Bombay plague: being a history of the progress of plague in the Bombay presidency from September 1896 to June 1899
Year: 1896
Disease focus: Plague
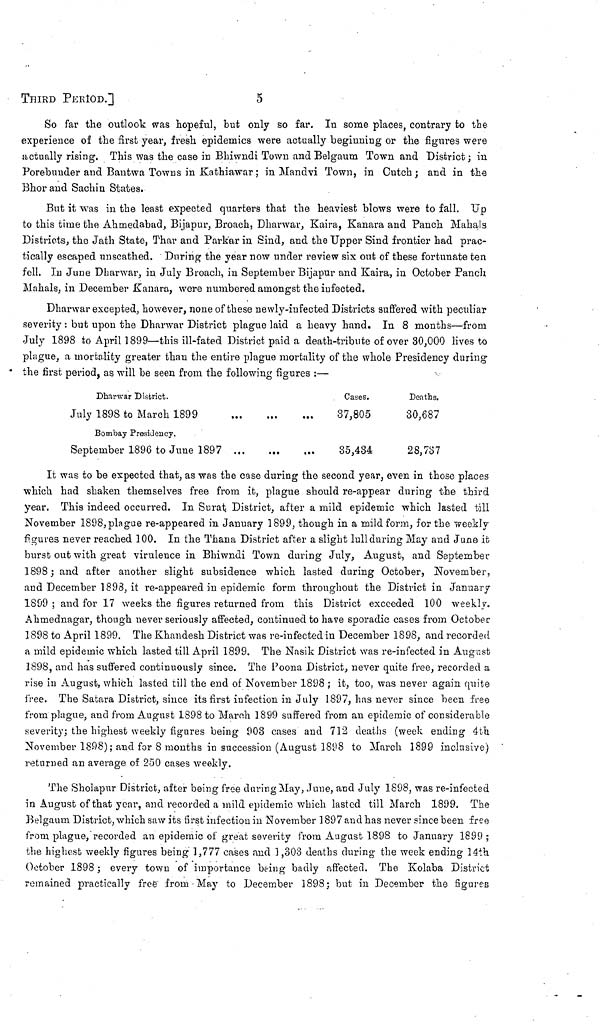
THIRD PERIOD.]
5
So far the outlook was hopeful, but only so far. In some places, contrary to the
experience of the first year, fresh epidemics were actually beginning or the figures were
actually rising. This was the case in Bhiwndi Town and Belgaum Town and District; in
Porebuuder and Bantwa Towns in Kathiawar; in Mandvi Town, in Cutch ; and in the
Bhor and Sachin States.
But it was in the least expected quarters that the heaviest blows were to fall. Up
to this time the Ahmedabad, Bijapur, Broach, Dharwar, Kaira, Kanara and Panch Mahals
Districts, the Jath State, Thar and Park'ar in Sind, and the Upper Sind frontier had prac-
tically escaped unscathed. During the year now under review six out of these fortunate tea
fell. In June Dharwar, in July Broach, in September Bijapur and Kaira, in October Panch
Mahals, in December Kanara, were numbered amongst the infected.
Dharwar excepted, however, none of these newly-infected Districts suffered with peculiar
severity : but upon the Dharwar District plague laid a heavy hand. In 8 months—from
July 1898 to April 1899—this ill-fated District paid a death-tribute of over 30,000 lives to
plague, a mortality greater than the entire plague mortality of the whole Presidency during
the first period, as will be seen from the following figures :—
Dharwar District.
Cases.
Deaths.
July 1898 to March 1899
...
....
....
37,805
30,687
Bombay Presidency.
September 1896 to June 1897
...
...
....
35,434
28,737
It was to be expected that, as was the case during the second year, even in those places
which had shaken themselves free from it, plague should re-appear during the third
year. This indeed occurred. In Surat. District, after a mild epidemic which lasted till
November 1898, plague re-appeared in January 1899, though in a mild form, for the weekly
figures never reached 100. In the Thana District after a slight lull during May and June it
burst out with great virulence in Bhiwndi Town during July, August, and September
1898; and after another slight subsidence which lasted during October, November,
and December 1898, it re-appeared in epidemic form throughout the District in January
1899 ; and for 17 weeks the figures returned from this District exceeded 100 weekly.
Ahmednagar, though never seriously affected, continued to have sporadic cases from October
1898 to April 1899. The Khandesh District was re-infected in December 1898, and recorded
a mild epidemic which lasted till April 1899. The Nasik District was re-infected in August
1898, and has suffered continuously since. The Poona District, never quite free, recorded a
rise in August, which lasted till the end of November 1898 ; it, too, was never again quite
free. The Satara District, since its first infection in July 1897, has never since been free
from plague, and from August 1898 to March 1899 suffered from an epidemic of considerable
severity; the highest weekly figures being 903 cases and 712 deaths (week ending 4th
November 1898); and for 8 months in succession (August 1898 to March 1899 inclusive)
returned an average of 250 cases weekly.
The Sholapur District, after being free during May, June, and July 1898, was re-infected
in August of that year, and recorded a mild epidemic which lasted till March 1899. The
Belgaum District, which saw its first infection in November 1897 and has never since been free
from plague, recorded an epidemic of great severity from August 1898 to January 1899 ;
the highest weekly figures being 1,777 cases and 1,303 deaths during the week ending 14th
October 1898 ; every town of importance being badly affected. The Kolaba District
remained practically free from May to December 1898; but in December the figures